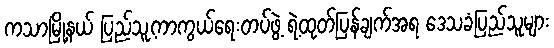
ကသာမြို့နယ် ပြည်သူ့ကာကွယ်ရေးတပ်ဖွဲ့ ရဲ့ထုတ်ပြန်ချက်အရ ဒေသခံပြည်သူများ